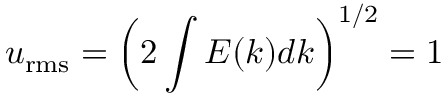
u _ { \mathrm { r m s } } = \left( 2 \int E ( k ) d k \right) ^ { 1 / 2 } = 1